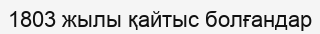
1803 жылы қайтыс болғандар